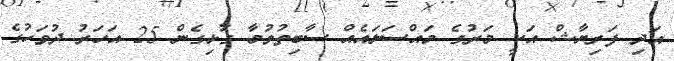
އަދި ފަރިޔާޝް އަކީ މަރުގެ މައްސަލައެއް ސާބިތުވުމާ ގުޅިގެން 25 އަހަރު ދުވަހުގެ